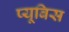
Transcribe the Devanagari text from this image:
प्यूबिस